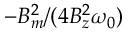
- B _ { m } ^ { 2 } / ( 4 B _ { z } ^ { 2 } \omega _ { 0 } )